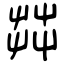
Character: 茻